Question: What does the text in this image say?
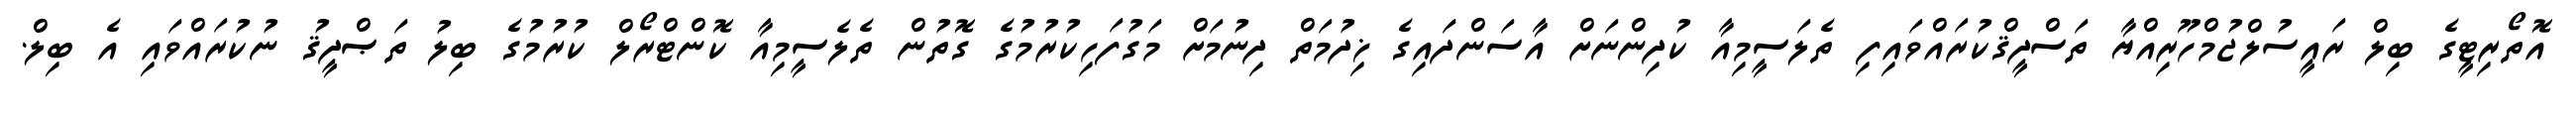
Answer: އޮތޯރިޓީގެ ބިލް ރައީސުލްޖުމްހޫރިއްޔާ ތަސްދީޤްކުރައްވައިފި ތެލަސީމިއާ ކުދިންނަށް އާސަންދައިގެ ޚިދުމަތް ދިނުމަށް މަގުފަހިކުރުމުގެ ގޮތުން ތެލެސީމިއާ ކޮންޓްރޯލް ކުރުމުގެ ބިލު ތަޞްދީޤު ނުކުރައްވައި އެ ބިލް.